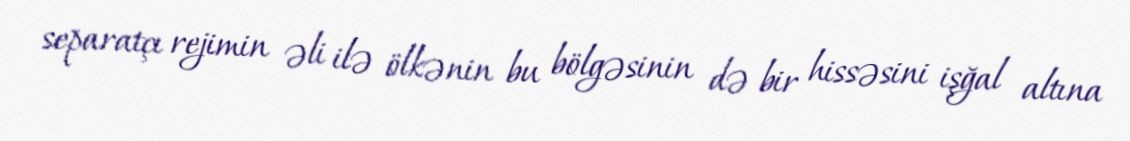
separatçı rejimin əli ilə ölkənin bu bölgəsinin də bir hissəsini işğal altına